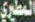
المطيري